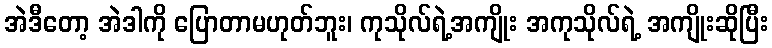
အဲဒီတော့ အဲဒါကို ပြောတာမဟုတ်ဘူး၊ ကုသိုလ်ရဲ့အကျိုး အကုသိုလ်ရဲ့ အကျိုးဆိုပြီး